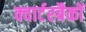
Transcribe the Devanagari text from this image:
क्वार्टरबैकों